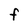
Character: F